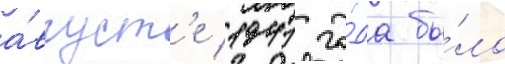
а́вгуст'е 1941 го́да бы́ло